Laidoner,_Johan, lk 60
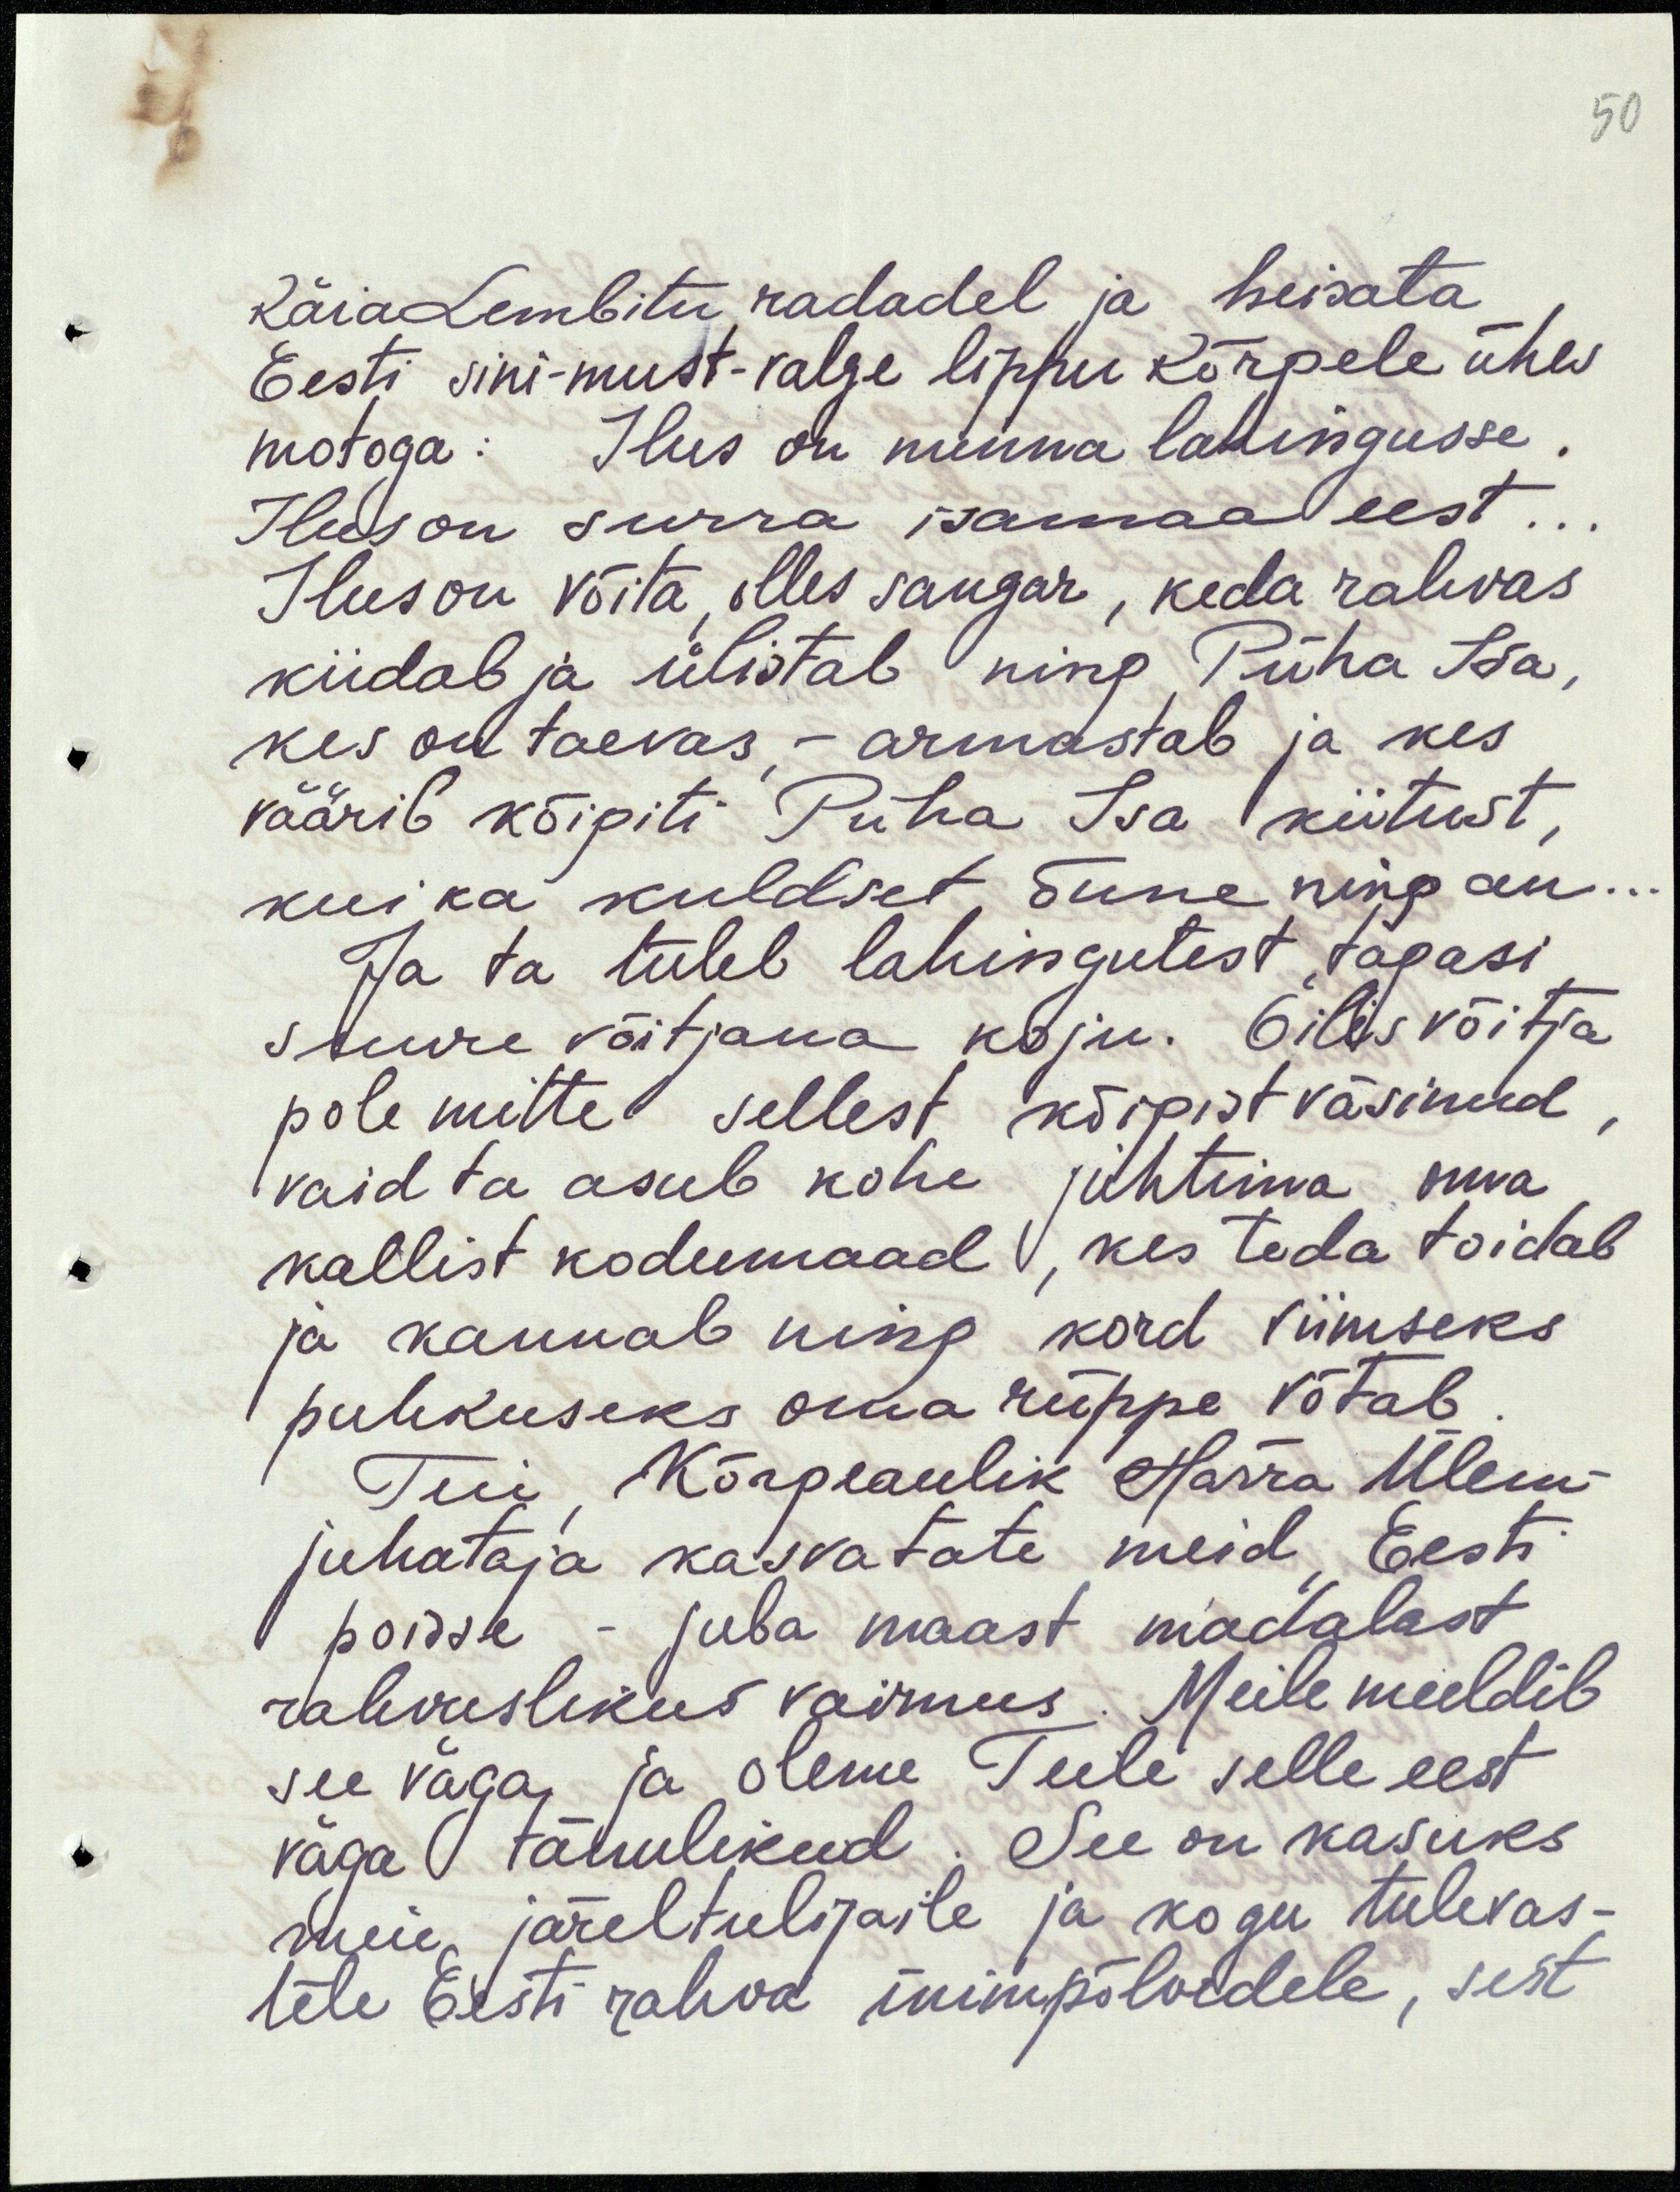
50

Käia Lembitu radadel ja heisata
Eesti sini-must-valge lippu kõrgele ühes
motoga: Ilus on minna lahingusse.
Ilus on surra isamaa eest..
Ilus on võita, olles sangar, keda rahvas
kiidab ja ülistab ning Püha Isa,
kes on taevas, - armastab ja kes
väärib kõigiti Püha Isa kiitust
kui ka kuldset õnne ning au.
Ja ta tuleb lahingutest tagasi
suure võitjana koju. Õilis võitja
pole mitte sellest kõigist väsinud,
vaid ta asub kohe juhtima oma
kallist kodumaad, kes teda toidab
ja kannab ning kord viimseks
puhkuseks oma rüppe võtab
Teie Kõrgeaulik Härra Ülem-
juhataja kasvatate meid, Eesti
poisse - juba maast madalast
rahvuslikus vaimus. Meile meeldib
see väga ja oleme Teile selle eest
väga tänulikud. See on kasuks
meie järeltulijaile ja kogu tulevas-
tele Eesti rahva inimpõlvedele, sest